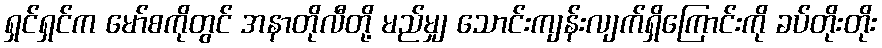
ရှင်ရှင်က မော်စကိုတွင် အနာတိုလီတို့ မည်မျှ သောင်းကျန်းလျက်ရှိကြောင်းကို ခပ်တိုးတိုး